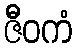
ဇီဝကံ